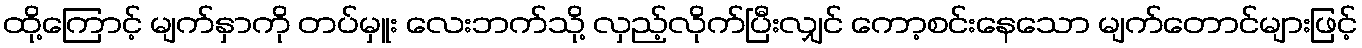
ထို့ကြောင့် မျက်နှာကို တပ်မှူး လေးဘက်သို့ လှည့်လိုက်ပြီးလျှင် ကော့စင်းနေသော မျက်တောင်များဖြင့်